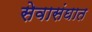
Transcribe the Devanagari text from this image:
सेवासंघात